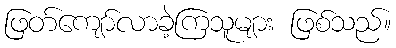
ဖြတ်ကျော်လာခဲ့ကြသူများ ဖြစ်သည်။